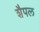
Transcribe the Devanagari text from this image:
शैपल